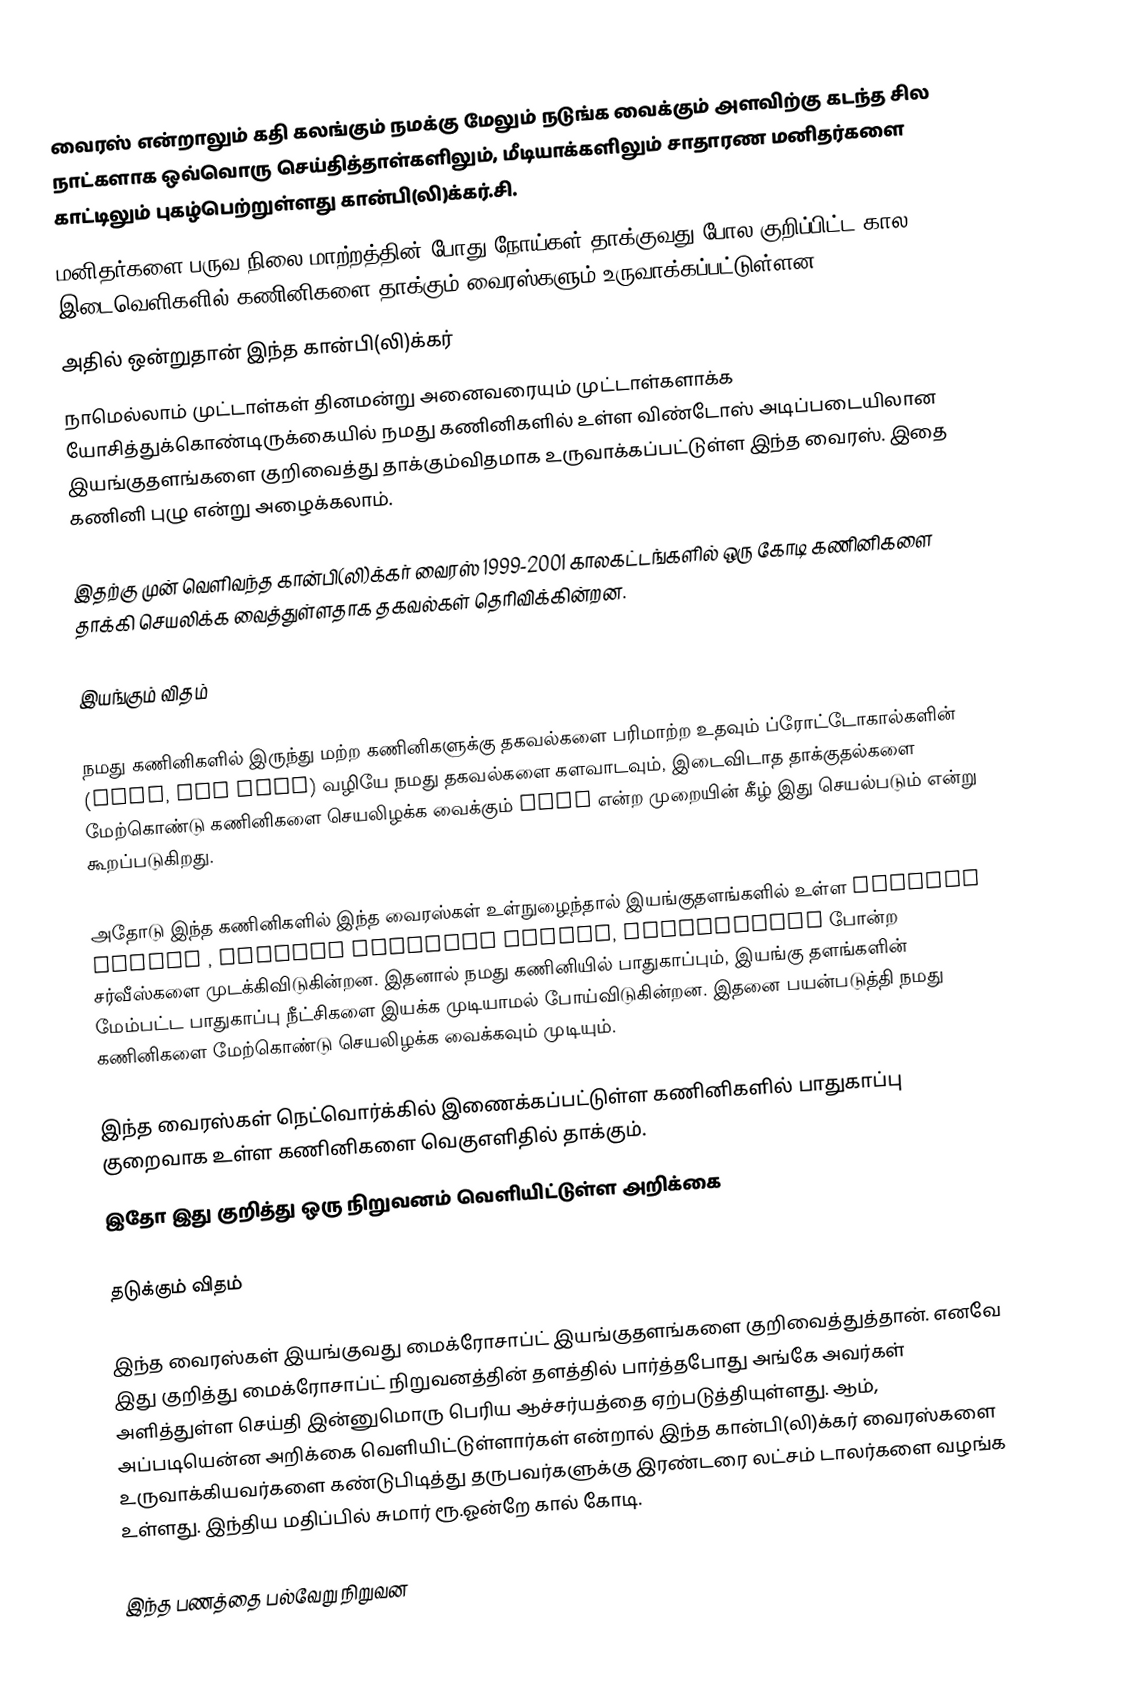
வைரஸ் என்றாலும் கதி கலங்கும் நமக்கு மேலும் நடுங்க வைக்கும் அளவிற்கு கடந்த சில நாட்களாக ஒவ்வொரு செய்தித்தாள்களிலும், மீடியாக்களிலும் சாதாரண மனிதர்களை காட்டிலும் புகழ்பெற்றுள்ளது கான்பி(லி)க்கர்.சி.
மனிதர்களை பருவ நிலை மாற்றத்தின் போது நோய்கள் தாக்குவது போல குறிப்பிட்ட கால இடைவெளிகளில் கணினிகளை தாக்கும் வைரஸ்களும் உருவாக்கப்பட்டுள்ளன.
அதில் ஒன்றுதான் இந்த கான்பி(லி)க்கர்
நாமெல்லாம் முட்டாள்கள் தினமன்று அனைவரையும் முட்டாள்களாக்க யோசித்துக்கொண்டிருக்கையில் நமது கணினிகளில் உள்ள விண்டோஸ் அடிப்படையிலான இயங்குதளங்களை குறிவைத்து தாக்கும்விதமாக உருவாக்கப்பட்டுள்ள இந்த வைரஸ். இதை கணினி புழு என்று அழைக்கலாம்.

இதற்கு முன் வெளிவந்த கான்பி(லி)க்கர் வைரஸ் 1999-2001 காலகட்டங்களில் ஒரு கோடி கணினிகளை தாக்கி செயலிக்க வைத்துள்ளதாக தகவல்கள் தெரிவிக்கின்றன.

இயங்கும் விதம்

நமது கணினிகளில் இருந்து மற்ற கணினிகளுக்கு தகவல்களை பரிமாற்ற உதவும் ப்ரோட்டோகால்களின் (SMTP, IRC Port) வழியே நமது தகவல்களை களவாடவும், இடைவிடாத தாக்குதல்களை மேற்கொண்டு கணினிகளை செயலிழக்க வைக்கும் DDOS என்ற முறையின் கீழ் இது செயல்படும் என்று கூறப்படுகிறது.

அதோடு இந்த கணினிகளில் இந்த வைரஸ்கள் உள்நுழைந்தால் இயங்குதளங்களில் உள்ள windows update , windows security center, workstation போன்ற சர்வீஸ்களை முடக்கிவிடுகின்றன. இதனால் நமது கணினியில் பாதுகாப்பும், இயங்கு தளங்களின் மேம்பட்ட பாதுகாப்பு நீட்சிகளை இயக்க முடியாமல் போய்விடுகின்றன. இதனை பயன்படுத்தி நமது கணினிகளை மேற்கொண்டு செயலிழக்க வைக்கவும் முடியும்.

இந்த வைரஸ்கள் நெட்வொர்க்கில் இணைக்கப்பட்டுள்ள கணினிகளில் பாதுகாப்பு குறைவாக உள்ள கணினிகளை வெகுஎளிதில் தாக்கும்.
இதோ இது குறித்து ஒரு நிறுவனம் வெளியிட்டுள்ள அறிக்கை

தடுக்கும் விதம்

இந்த வைரஸ்கள் இயங்குவது மைக்ரோசாப்ட் இயங்குதளங்களை குறிவைத்துத்தான். எனவே இது குறித்து மைக்ரோசாப்ட் நிறுவனத்தின் தளத்தில் பார்த்தபோது அங்கே அவர்கள் அளித்துள்ள செய்தி இன்னுமொரு பெரிய ஆச்சர்யத்தை ஏற்படுத்தியுள்ளது. ஆம், அப்படியென்ன அறிக்கை வெளியிட்டுள்ளார்கள் என்றால் இந்த கான்பி(லி)க்கர் வைரஸ்களை உருவாக்கியவர்களை கண்டுபிடித்து தருபவர்களுக்கு இரண்டரை லட்சம் டாலர்களை வழங்க உள்ளது. இந்திய மதிப்பில் சுமார் ரூ.ஓன்றே கால் கோடி.

இந்த பணத்தை பல்வேறு நிறுவன